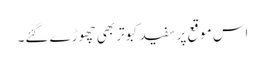
اس موقع پر سفید کبوتر بھی چھوڑے گئے۔